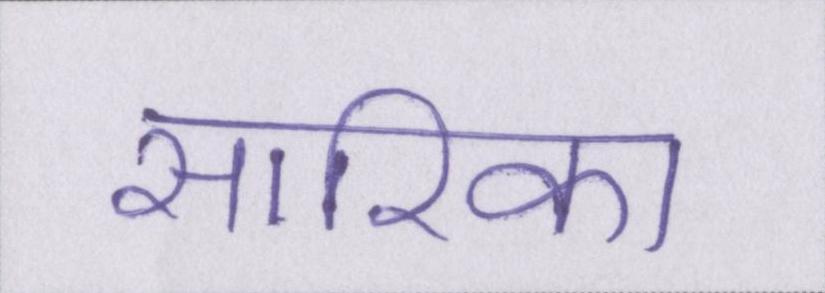
सारिका